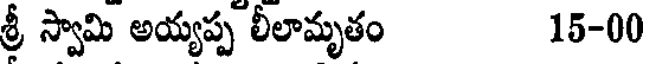
శ్రీ స్వామి అయ్యప్ప లీలామృతం 15-00